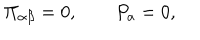
\Pi _ { \alpha \beta } = 0 , \qquad P _ { a } = 0 ,